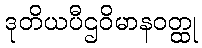
ဒုတိယပီဌဝိမာနဝတ္ထု